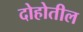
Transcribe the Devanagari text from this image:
दोहोतील